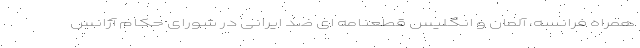
همراه فرانسه، آلمان و انگلیس قطعنامه ای ضد ایرانی در شورای حکام آژانس